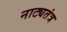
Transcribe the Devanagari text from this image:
नाट्यतंत्र